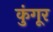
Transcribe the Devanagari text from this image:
कुंगूर